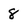
Character: 8